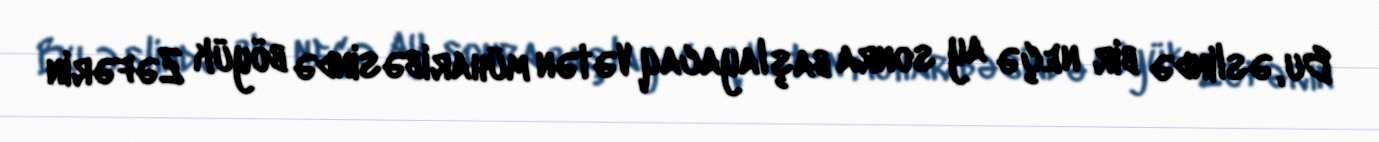
Bu, əslində bir neçə ay sonra başlayacaq Vətən müharibəsində böyük Zəfərin